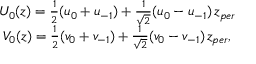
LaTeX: \begin{array} { c } { { U _ { 0 } ( z ) = \frac 1 2 ( u _ { 0 } + u _ { - 1 } ) + \frac 1 { \sqrt { 2 } } ( u _ { 0 } - u _ { - 1 } ) \, z _ { p e r } } } \\ { { V _ { 0 } ( z ) = \frac 1 2 ( v _ { 0 } + v _ { - 1 } ) + \frac 1 { \sqrt { 2 } } ( v _ { 0 } - v _ { - 1 } ) \, z _ { p e r } , } } \end{array}